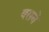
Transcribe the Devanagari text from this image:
वसने